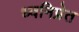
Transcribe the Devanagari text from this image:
ध्वनिप्रेत